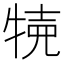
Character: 𤙸